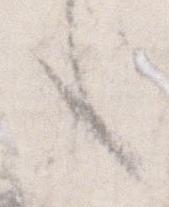
言